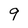
Character: 9